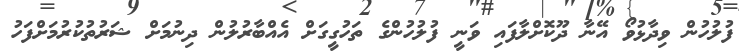
ފުލުހުން ވިދާޅުވޯ އޭނާ ދޫކޮށްލާފައި ވަނީ ފުލުހުންގެ ތަހުގީގަށް އެއްބާރުލުން ދިނުމަށް ޝަރުތުކުރުމަށްފަހު